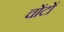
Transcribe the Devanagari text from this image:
चोंटों